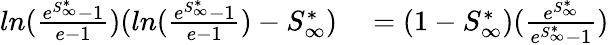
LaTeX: \begin{array}{rl}{ln(\frac{e^{S_{\infty}^{*}}-1}{e-1})(ln(\frac{e^{S_{\infty}^{*}}-1}{e-1})-S_{\infty}^{*})}&{{}=(1-S_{\infty}^{*})(\frac{e^{S_{\infty}^{*}}}{e^{S_{\infty}^{*}}-1})}\end{array}